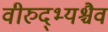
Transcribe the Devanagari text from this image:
वीरुद्भ्यश्चैव